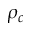
\rho _ { c }